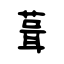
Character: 葺